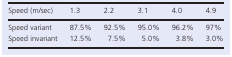
| Speed (m/sec) | 1.3 | 2.2 | 3.1 | 4.0 | 4.9 |
 | --- | --- | --- | --- | --- | --- |
 | Speed variant | 87.5% | 92.5% | 95.0% | 96.2% | 97% |
 | Speed invariant | 12.5% | 7.5% | 5.0% | 3.8% | 3.0% |